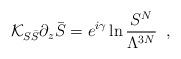
LaTeX: \begin{align*}{\cal K}_{S\bar{S}} \partial_z \bar{S} = e^{i\gamma} \ln \frac{S^N}{\Lambda^{3N}} \;\;,\end{align*}